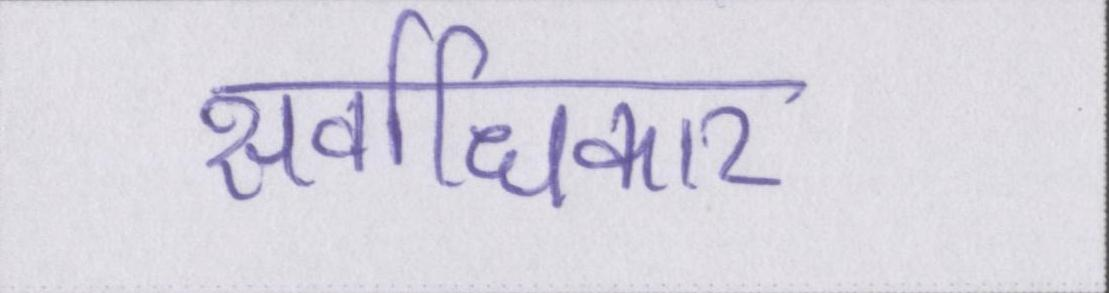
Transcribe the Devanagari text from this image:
सर्वाधिकार